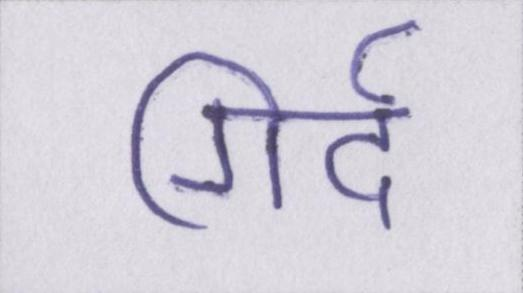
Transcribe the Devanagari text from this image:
गिर्द